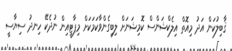
ޤާބިލުކަން އަދު މިއޮތް އިލެކްޝަންސް ކޮމިޝަނަށް ލިބިގެންވާކަމަކަށް މިޕާޓީއިން ނުދެކޭ ހިނދު ސިޔާސީ